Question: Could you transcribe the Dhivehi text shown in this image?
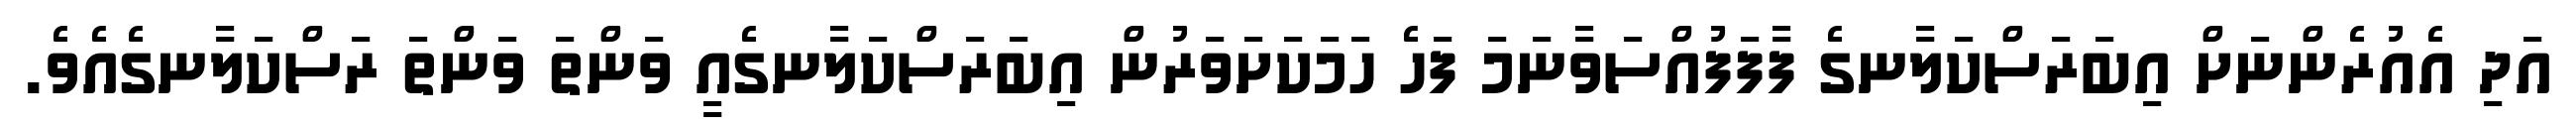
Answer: އަދި އެއުރެންނަށް އިބަރަސްކަލާނގެ ފާފަފުއްސަވާނަމަ ފަހެ ހަމަކަށަވަރުން އިބަރަސްކަލާނގެއީ ވަންތަ ވަންތަ ރަސްކަލާނގެއެވެ.